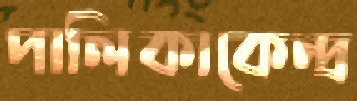
পালিকাকেন্দ্র